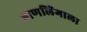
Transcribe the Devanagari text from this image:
बाणलिंगाला